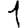
Digit: 1